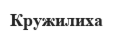
Кружилиха